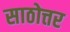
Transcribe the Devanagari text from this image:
साठोत्तर